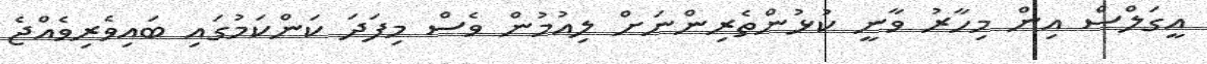
އީގަލްސް އިން މިހާރު ވާނީ ކުޅުންތެރިންނަށް ލިއުމުން ވެސް މިފަދަ ކަންކަމުގައި ބައިވެރިވެއްޖެ